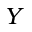
Y